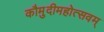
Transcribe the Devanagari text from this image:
कौमुदीमहोत्सवम्